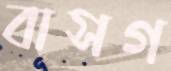
বাসগ